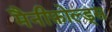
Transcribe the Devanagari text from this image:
मैनीफ़ोल्ड्स